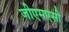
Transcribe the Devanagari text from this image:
जीएमएसी